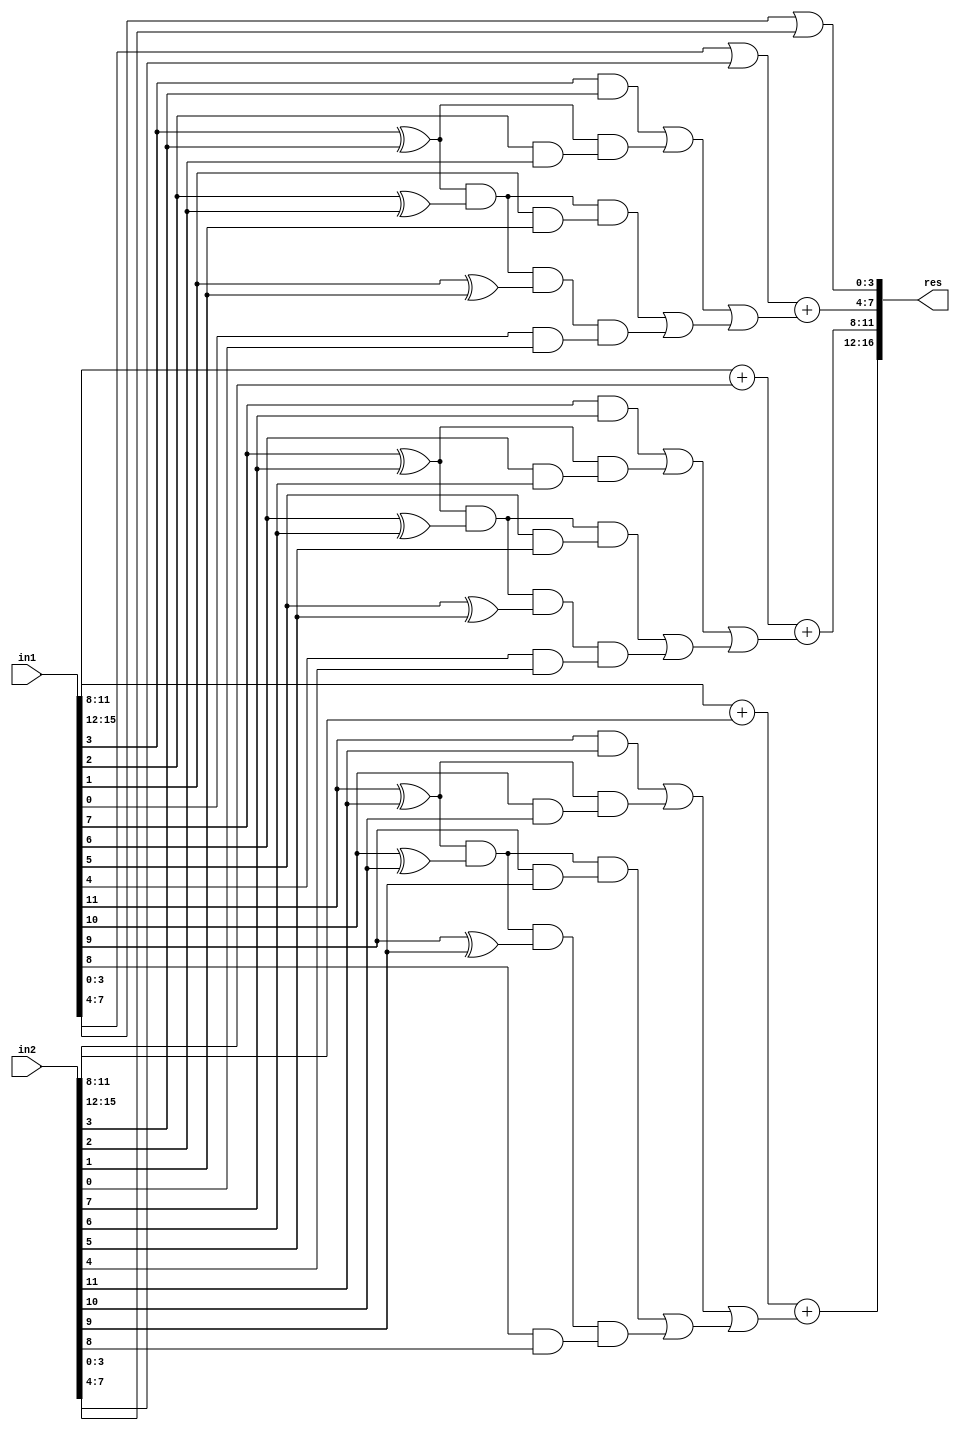
module LOAGDA_St_N16_M4_P4(
    input  [15:0] in1,
    input  [15:0] in2,
    output [16:0] res
    );

wire [4:0] 	temp1, temp2, temp3, temp4;

//C4
wire 		g0,g1,g2,g3,p0,p1,p2,p3;
wire		p3g2,p3p2,p3p2g1,p3p2p1,p3p2p1g0;
wire 		res_or_1, res_or_2;
wire 		c4;

and and_3(g3,in1[3],in2[3]);
and and_2(g2,in1[2],in2[2]);
and and_1(g1,in1[1],in2[1]);
and and_0(g0,in1[0],in2[0]);

xor xor_3(p3,in1[3],in2[3]);
xor xor_2(p2,in1[2],in2[2]);
xor xor_1(p1,in1[1],in2[1]);
xor xor_0(p0,in1[0],in2[0]);

and and_4(p3g2,p3,g2);
and and_5(p3p2,p3,p2);
and and_6(p3p2g1,p3p2,g1);
and and_7(p3p2p1,p3p2,p1);
and and_8(p3p2p1g0,p3p2p1,g0);

or or_3(res_or_1,g3,p3g2);
or or_2(res_or_2,p3p2g1,p3p2p1g0);
or or_1(c4,res_or_1,res_or_2);

//C8
wire 		g4,g5,g6,g7,p4,p5,p6,p7;
wire		p7g6,p7p6,p7p6g5,p7p6p5,p7p6p5g4;
wire 		res_or_3, res_or_4;
wire 		c8;

and and_9 (g7,in1[7],in2[7]);
and and_10(g6,in1[6],in2[6]);
and and_11(g5,in1[5],in2[5]);
and and_12(g4,in1[4],in2[4]);

xor xor_7(p7,in1[7],in2[7]);
xor xor_6(p6,in1[6],in2[6]);
xor xor_5(p5,in1[5],in2[5]);
xor xor_4(p4,in1[4],in2[4]);

and and_13(p7g6,p7,g6);
and and_14(p7p6,p7,p6);
and and_15(p7p6g5,p7p6,g5);
and and_16(p7p6p5,p7p6,p5);
and and_17(p7p6p5g4,p7p6p5,g4);

or or_6(res_or_3,g7,p7g6);
or or_5(res_or_4,p7p6g5,p7p6p5g4);
or or_4(c8,res_or_3,res_or_4);

//C12
wire 		g8,g9,g10,g11,p8,p9,p10,p11;
wire		p11g10,p11p10,p11p10g9,p11p10p9;
wire 		res_or_5, res_or_6;
wire 		c12;

and and_18(g11,in1[11],in2[11]);
and and_19(g10,in1[10],in2[10]);
and and_20(g9,in1[9],in2[9]);
and and_21(g8,in1[8],in2[8]);

xor xor_11(p11,in1[11],in2[11]);
xor xor_10(p10,in1[10],in2[10]);
xor xor_9(p9,in1[9],in2[9]);
xor xor_8(p8,in1[8],in2[8]);

and and_22(p11g10,p11,g10);
and and_23(p11p10,p11,p10);
and and_24(p11p10g9,p11p10,g9);
and and_25(p11p10p9,p11p10,p9);
and and_26(p11p10p9g8,p11p10p9,g8);

or or_9(res_or_5,g11,p11g10);
or or_8(res_or_6,p11p10g9,p11p10p9g8);
or or_7(c12,res_or_5,res_or_6);					

// Results
assign temp1[4:0] = (in1[ 3: 0] | in2[ 3: 0]);
assign temp2[4:0] = (in1[ 7: 4] | in2[ 7: 4]) + c4;
assign temp3[4:0] = (in1[11: 8] + in2[11: 8]) + c8;
assign temp4[4:0] = in1[15:12] + in2[15:12] + c12;
assign res[16:0] = {temp4[4:0],temp3[3:0],temp2[3:0],temp1[3:0]};

endmodule